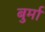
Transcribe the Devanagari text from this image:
बुर्मा